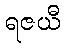
ရဇယီ